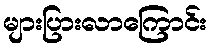
များပြားလာကြောင်း